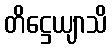
တိဋ္ဌေယျာသိ